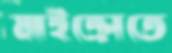
মাইক্রোতে